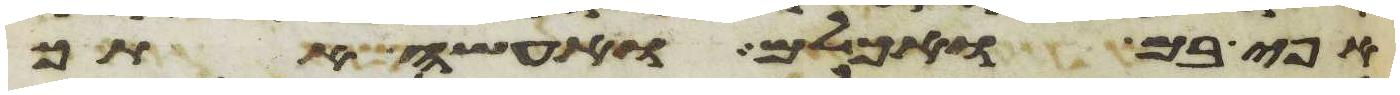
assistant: אפי בם ואכלם ואעשה אתך